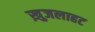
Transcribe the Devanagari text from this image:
ख़ुजलाहट